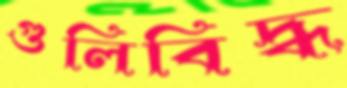
গুলিবিদ্ধ